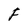
Character: F